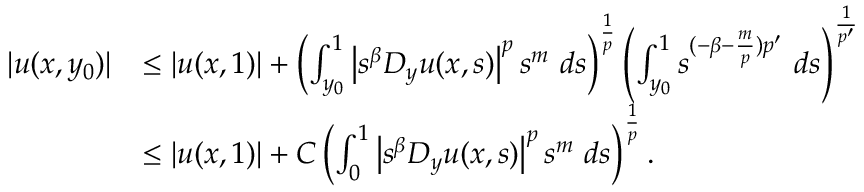
\begin{array} { r l } { | u ( x , y _ { 0 } ) | } & { \leq | u ( x , 1 ) | + \left( \int _ { y _ { 0 } } ^ { 1 } \left| s ^ { \beta } D _ { y } u ( x , s ) \right| ^ { p } s ^ { m } \ d s \right) ^ { \frac 1 p } \left( \int _ { y _ { 0 } } ^ { 1 } s ^ { ( - \beta - \frac m p ) p ^ { \prime } } \ d s \right) ^ { \frac 1 { p ^ { \prime } } } } \\ & { \leq | u ( x , 1 ) | + C \left( \int _ { 0 } ^ { 1 } \left| s ^ { \beta } D _ { y } u ( x , s ) \right| ^ { p } s ^ { m } \ d s \right) ^ { \frac 1 p } . } \end{array}